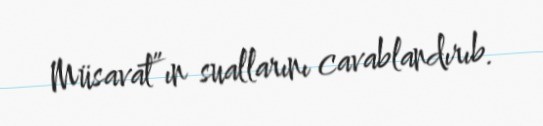
Müsavat”ın suallarını cavablandırıb.